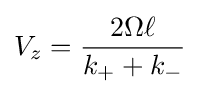
V_{z}={\frac {2\Omega \ell }{k_{+}+k_{-}}}